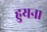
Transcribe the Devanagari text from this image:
हुयना